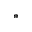
^ { \ast }